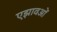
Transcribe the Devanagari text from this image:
एझावओं